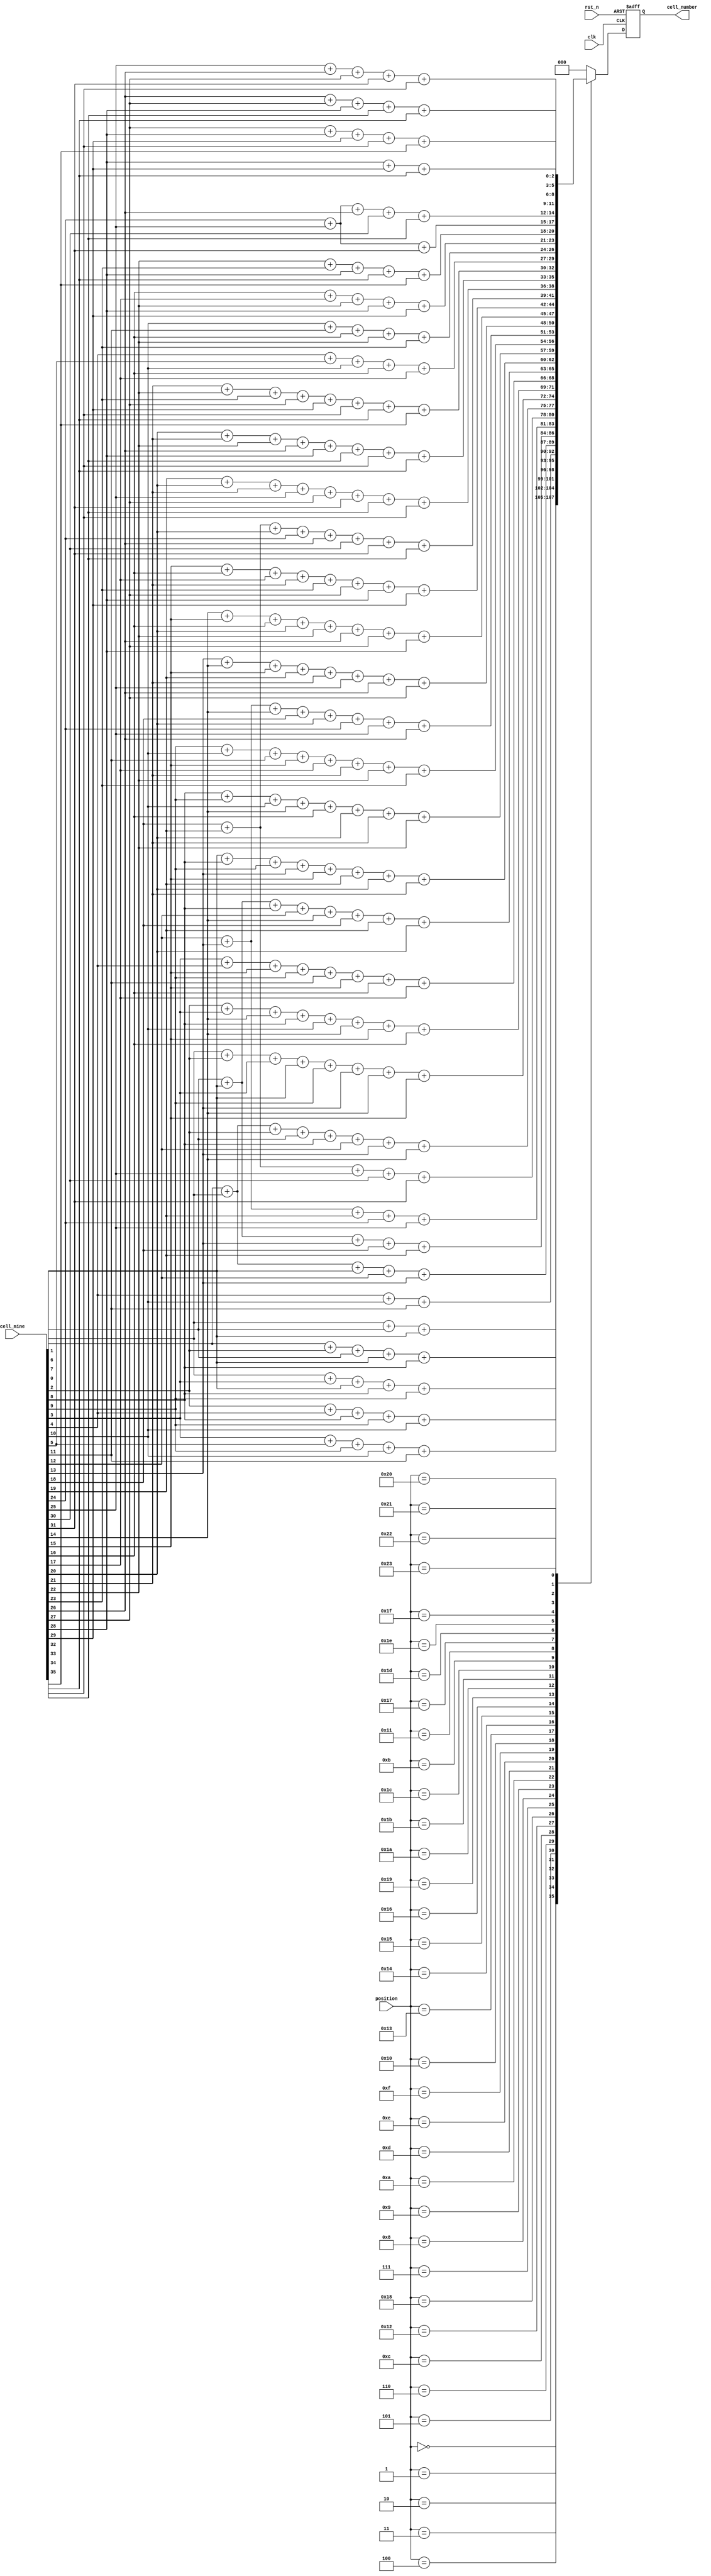
module count_mine(rst_n, clk,cell_mine,position,cell_number);

	input rst_n;
	input clk;
	input [35:0]cell_mine;
	input [5:0]position;
	output [2:0]cell_number;

	reg [2:0]cell_number_r;
	reg [2:0]cell_number_w;
	reg [5:0]next_position;

	assign cell_number = cell_number_r;


	always @(*) begin
	
	case(position)
	6'b000000:cell_number_w=cell_mine[1]+cell_mine[6]+cell_mine[7];

	6'b000001:cell_number_w=cell_mine[0]+cell_mine[2]+cell_mine[6]+cell_mine[7]+cell_mine[8];
	6'b000010:cell_number_w=cell_mine[1]+cell_mine[3]+cell_mine[7]+cell_mine[8]+cell_mine[9];
	6'b000011:cell_number_w=cell_mine[2]+cell_mine[4]+cell_mine[8]+cell_mine[9]+cell_mine[10];
	6'b000100:cell_number_w=cell_mine[3]+cell_mine[5]+cell_mine[9]+cell_mine[10]+cell_mine[11];

	6'b000101:cell_number_w=cell_mine[4]+cell_mine[10]+cell_mine[11];

	6'b000110:cell_number_w=cell_mine[0]+cell_mine[1]+cell_mine[7]+cell_mine[12]+cell_mine[13];
	6'b001100:cell_number_w=cell_mine[6]+cell_mine[7]+cell_mine[13]+cell_mine[18]+cell_mine[19];
	6'b010010:cell_number_w=cell_mine[12]+cell_mine[13]+cell_mine[19]+cell_mine[24]+cell_mine[25];
	6'b011000:cell_number_w=cell_mine[18]+cell_mine[19]+cell_mine[25]+cell_mine[30]+cell_mine[31];

	6'b000111:cell_number_w=cell_mine[0]+cell_mine[1]+cell_mine[2]+cell_mine[6]+cell_mine[8]+cell_mine[12]+cell_mine[13]+cell_mine[14];
	6'b001000:cell_number_w=cell_mine[1]+cell_mine[2]+cell_mine[3]+cell_mine[7]+cell_mine[9]+cell_mine[13]+cell_mine[14]+cell_mine[15];
	6'b001001:cell_number_w=cell_mine[2]+cell_mine[3]+cell_mine[14]+cell_mine[8]+cell_mine[10]+cell_mine[14]+cell_mine[15]+cell_mine[16];
	6'b001010:cell_number_w=cell_mine[3]+cell_mine[4]+cell_mine[15]+cell_mine[9]+cell_mine[11]+cell_mine[15]+cell_mine[16]+cell_mine[17];
	
	6'b001101:cell_number_w=cell_mine[6]+cell_mine[7]+cell_mine[8]+cell_mine[12]+cell_mine[14]+cell_mine[18]+cell_mine[19]+cell_mine[20];
	6'b001110:cell_number_w=cell_mine[7]+cell_mine[8]+cell_mine[9]+cell_mine[13]+cell_mine[15]+cell_mine[19]+cell_mine[20]+cell_mine[21];
	6'b001111:cell_number_w=cell_mine[8]+cell_mine[9]+cell_mine[10]+cell_mine[14]+cell_mine[16]+cell_mine[20]+cell_mine[21]+cell_mine[22];
	6'b010000:cell_number_w=cell_mine[9]+cell_mine[10]+cell_mine[11]+cell_mine[15]+cell_mine[17]+cell_mine[21]+cell_mine[22]+cell_mine[23];
	
	6'b010011:cell_number_w=cell_mine[12]+cell_mine[13]+cell_mine[14]+cell_mine[18]+cell_mine[20]+cell_mine[24]+cell_mine[25]+cell_mine[26];
	6'b010100:cell_number_w=cell_mine[13]+cell_mine[14]+cell_mine[15]+cell_mine[19]+cell_mine[21]+cell_mine[25]+cell_mine[26]+cell_mine[27];
	6'b010101:cell_number_w=cell_mine[14]+cell_mine[15]+cell_mine[16]+cell_mine[20]+cell_mine[22]+cell_mine[26]+cell_mine[27]+cell_mine[28];
	6'b010110:cell_number_w=cell_mine[15]+cell_mine[16]+cell_mine[17]+cell_mine[21]+cell_mine[23]+cell_mine[27]+cell_mine[28]+cell_mine[29];
	
	6'b011001:cell_number_w=cell_mine[18]+cell_mine[19]+cell_mine[20]+cell_mine[24]+cell_mine[26]+cell_mine[30]+cell_mine[31]+cell_mine[32];
	6'b011010:cell_number_w=cell_mine[19]+cell_mine[20]+cell_mine[21]+cell_mine[25]+cell_mine[27]+cell_mine[31]+cell_mine[32]+cell_mine[33];
	6'b011011:cell_number_w=cell_mine[20]+cell_mine[21]+cell_mine[22]+cell_mine[26]+cell_mine[28]+cell_mine[32]+cell_mine[33]+cell_mine[34];
	6'b011100:cell_number_w=cell_mine[21]+cell_mine[22]+cell_mine[23]+cell_mine[27]+cell_mine[29]+cell_mine[33]+cell_mine[34]+cell_mine[35];


	6'b001011:cell_number_w=cell_mine[4]+cell_mine[5]+cell_mine[10]+cell_mine[16]+cell_mine[17];
	6'b010001:cell_number_w=cell_mine[10]+cell_mine[11]+cell_mine[16]+cell_mine[22]+cell_mine[23];
	6'b010111:cell_number_w=cell_mine[16]+cell_mine[17]+cell_mine[22]+cell_mine[28]+cell_mine[29];
	6'b011101:cell_number_w=cell_mine[22]+cell_mine[23]+cell_mine[28]+cell_mine[34]+cell_mine[35];

	6'b011110:cell_number_w=cell_mine[24]+cell_mine[25]+cell_mine[31];

    6'b011111:cell_number_w=cell_mine[24]+cell_mine[25]+cell_mine[26]+cell_mine[30]+cell_mine[32];
	6'b100000:cell_number_w=cell_mine[25]+cell_mine[26]+cell_mine[27]+cell_mine[31]+cell_mine[33];
	6'b100001:cell_number_w=cell_mine[26]+cell_mine[27]+cell_mine[28]+cell_mine[32]+cell_mine[34];
	6'b100010:cell_number_w=cell_mine[27]+cell_mine[28]+cell_mine[29]+cell_mine[33]+cell_mine[35];

	6'b100011:cell_number_w=cell_mine[28]+cell_mine[29]+cell_mine[34];

	default:cell_number_w=0;
	endcase	
	
	end

	always @(posedge clk or posedge rst_n) begin
		if (rst_n) begin
			// reset
			cell_number_r<=0;
		end
		else begin
			cell_number_r<=cell_number_w;			
		end
	end
endmodule